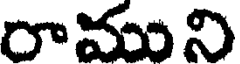
రాముని